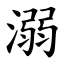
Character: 溺